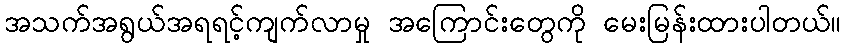
အသက်အရွယ်အရရင့်ကျက်လာမှု အကြောင်းတွေကို မေးမြန်းထားပါတယ်။